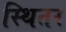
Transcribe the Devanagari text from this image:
स्थितर